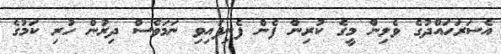
އެސަރަހައްދުގެ ވެލިން މީގެ ކުރިން ފެން ފެނިފައިވި ނަމަވެސް ދިރުން ހުރި ކަމުގެ